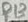
Text: R13